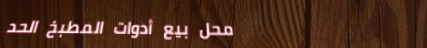
محل بيع أدوات المطبخ الحد